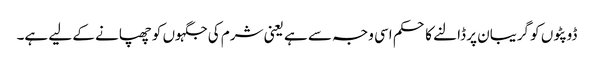
ڈوپٹوں کو گریبان پر ڈالنے کا حکم اسی وجہ سے ہے یعنی شرم کی جگہوں کو چھپانے کے لیے ہے۔